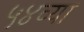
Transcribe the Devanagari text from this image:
५४व्या